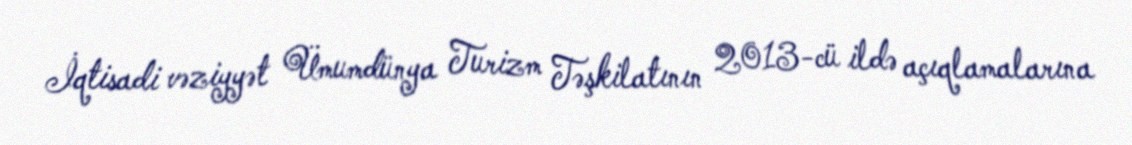
İqtisadi vəziyyət Ümumdünya Turizm Təşkilatının 2013-cü ildə açıqlamalarına